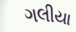
ગલીયા